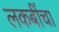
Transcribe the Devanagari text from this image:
लकबींचा